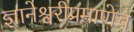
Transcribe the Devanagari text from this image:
ज्ञानेश्वरीप्रमाणेच